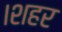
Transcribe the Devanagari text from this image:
।शहर